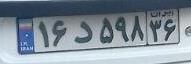
۱۶د۵۹۸۳۶